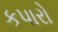
કપારો